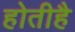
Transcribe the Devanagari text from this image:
होतीहै